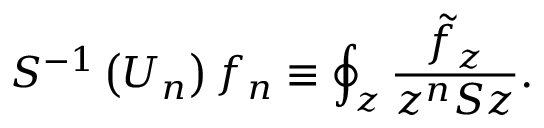
S ^ { - 1 } \left( U _ { n } \right) f _ { n } \equiv \oint _ { z } \frac { \tilde { f } _ { z } } { z ^ { n } S z } .